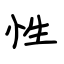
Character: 性